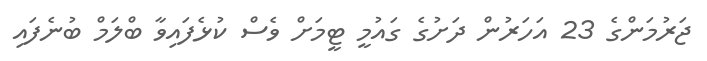
ޖަރުމަންގެ 23 އަހަރުން ދަށުގެ ގައުމީ ޓީމަށް ވެސް ކުޅެފައިވާ ބްލަމް ބުނެފައި